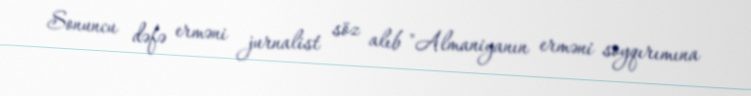
Sonuncu dəfə erməni jurnalist söz alıb "Almaniyanın erməni soyqırımına